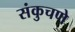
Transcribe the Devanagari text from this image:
संकुचणे